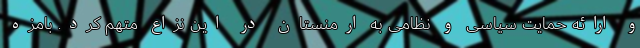
و ارائه حمایت سیاسی و نظامی به ارمنستان در این نزاع متهم کرد. بامزه